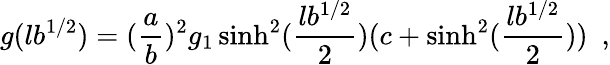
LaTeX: g(lb^{1/2})=({\frac{a}{b}})^{2}g_{1}\sinh^{2}({\frac{lb^{1/2}}{2}})(c+\sinh^{2}({\frac{lb^{1/2}}{2}}))~~,